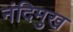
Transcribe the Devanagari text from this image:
नंदिमुख